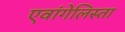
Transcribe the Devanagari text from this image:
एवांगेलिस्ता